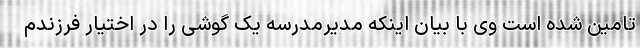
تامین شده است وی با بیان اینکه مدیرمدرسه یک گوشی را در اختیار فرزندم